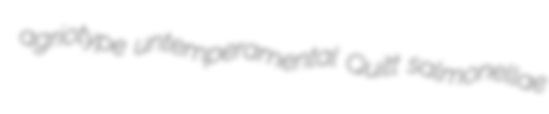
agriotype untemperamental Quitt salmonellae